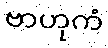
ဗာဟုကံ